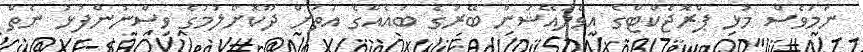
ނަމަވެސް މުޅި ޕްރޮޖެކްޓްގެ އިވެލުއޭޝަން ބޭރުގެ ބައެއްގެ އަތަށް ދޫކޮށްލުމުގެ ވިސްނުންފުޅު ނެތް